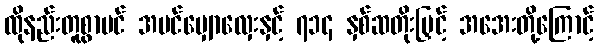
ထိုနည်းတူစွာပင် အပင်မျှောလှေးနှင့် ၇၁၄ နှစ်ဆတိုးမြှင့် အအေးတို့ကြောင့်